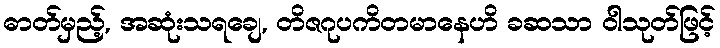
ဓာတ်မှည့်, အဆုံးသရချေ, တိဇဂုပကိတမာနေဟိ ခဆသာ ဝါသုတ်ဖြင့်